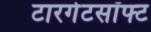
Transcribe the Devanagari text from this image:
टारगेटसॉफ्ट